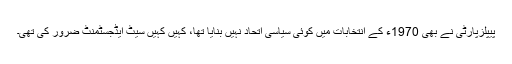
پیپلزپارٹی نے بھی 1970ء کے انتخابات میں کوئی سیاسی اتحاد نہیں بنایا تھا، کہیں کہیں سیٹ ایڈجسٹمنٹ ضرور کی تھی۔